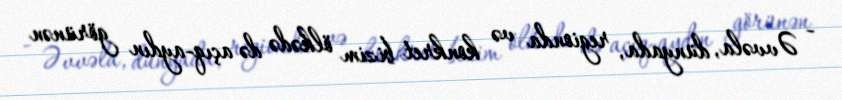
- Əvvəla, dünyada, regionda və konkret bizim ölkədə də açıq-aydın görünən